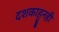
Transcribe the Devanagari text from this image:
दशकाहुनही